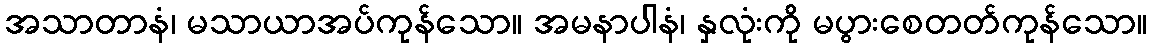
အသာတာနံ၊ မသာယာအပ်ကုန်သော။ အမနာပါနံ၊ နှလုံးကို မပွားစေတတ်ကုန်သော။